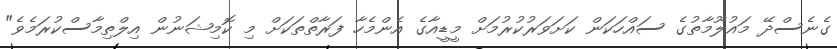
ގެނެސްދޭ މައުލޫމާތުގެ ސައްހަކަން ކަށަވަރުކުރުމަށް މީޑީއާގެ އެންމެހާ ފަރާތްތަކަށް މި ކޮމިޝަނުން އިލްތިމާސްކުރަމެވެ"